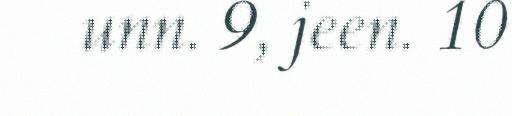
unn. 9, jeen. 10